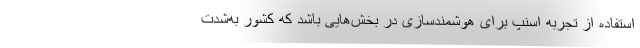
استفاده از تجربه اسنپ برای هوشمندسازی در بخش‌هایی باشد که کشور به‌شدت